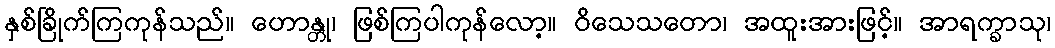
နှစ်ခြိုက်ကြကုန်သည်။ ဟောန္တု၊ ဖြစ်ကြပါကုန်လော့။ ဝိသေသတော၊ အထူးအားဖြင့်။ အာရက္ခာသု၊